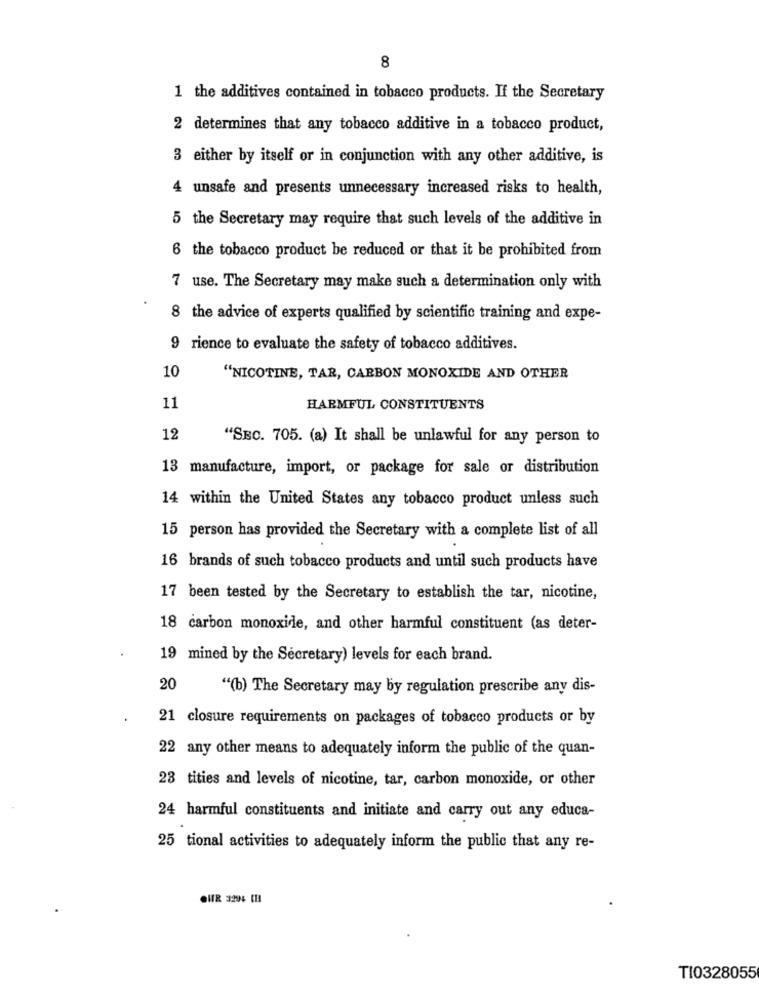
8
1 the additives contained in tobacco products. If the Secretary
2 determines that any tobacco additive in a tobacco product,
3 either by itself or in conjunction with any other additive, is
4 unsafe and presents unnecessary increased risks to health,
5 the Secretary may require that such levels of the additive in
6 the tobacco product be reduced or that it be prohibited from
7 use. The Secretary may make such a determination only with
8 the advice of experts qualified by scientific training and expe-
9 rience to evaluate the safety of tobacco additives.
10
"NICOTINE, TAR, CARBON MONOXIDE AND OTHER
11
HARMFUL CONSTITUENTS
12
"SBc. 705. (a) It shall be unlawful for any person to
13 manufacture, import, or package for sale or distribution
14 within the United States any tobacco product unless such
15 person has provided the Secretary with a complete list of all
16 brands of such tobacco products and until such products have
17 been tested by the Secretary to establish the tar, nicotine,
18 carbon monoxide, and other harmful constituent (as deter-
19 mined by the Secretary) levels for each brand.
20
""(b) The Secretary may by regulation prescribe any dis-
21 closure requirements on packages of tobacco products or by
22 any other means to adequately inform the public of the quan-
23 tities and levels of nicotine, tar, carbon monoxide, or other
24 harmful constituents and initiate and carry out any educa-
25 tional activities to adequately inform the public that any re-
OHR 3294 [H
TI0328055